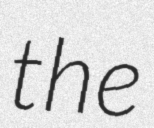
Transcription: the